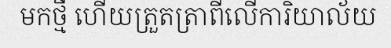
មកថ្មី ហើយត្រួតត្រាពីលើការិយាល័យ